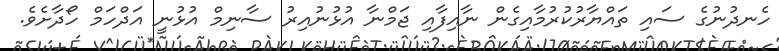
ހެނދުނުގެ ސައި ތައްޔާރުކުރުމާއިގެން ނާއިފާއި ޖަމްނާ އުޅުނުއިރު ސާނިމް އުޅުނީ އަދްހަމް ހޯދާށެވެ.